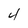
Character: 4